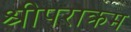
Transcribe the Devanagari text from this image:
श्रीपराक्रम